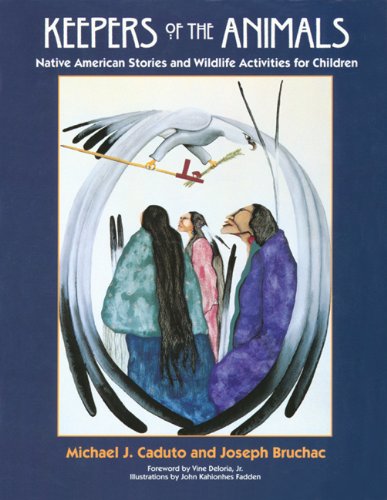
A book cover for Keepers of the Animals: Native American Stories and Wildlife Activities for Children (Keepers of the Earth); Michael J. Caduto; Literature & Fiction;